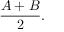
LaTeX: { \frac { A + B } { 2 } } .